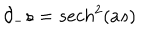
LaTeX: \partial _ { - } s = s e c h ^ { 2 } ( a s )